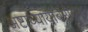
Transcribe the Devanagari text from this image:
अष्टाध्यायीबरोबर